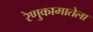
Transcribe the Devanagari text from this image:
रेणुकामातेला